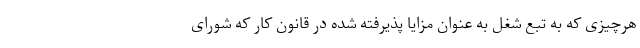
هرچیزی که به تبع شغل به عنوان مزایا پذیرفته شده در قانون کار که شورای